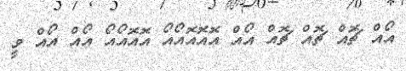
އޯއް ޗޮއް ޗޮއް ޗޮއް އޯއް އޮއޮއޮއޯއޯ އޮއޮއޯއޯ އޯއް އޯއް ވީ